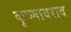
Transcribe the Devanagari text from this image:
कृष्णावराव